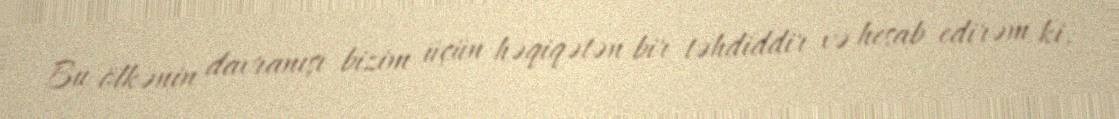
Bu ölkənin davranışı bizim üçün həqiqətən bir təhdiddir və hesab edirəm ki,